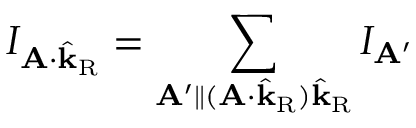
I _ { \mathbf { A } \cdot \hat { \mathbf { k } } _ { \mathrm { R } } } = \sum _ { \mathbf { A } ^ { \prime } \parallel ( \mathbf { A } \cdot \hat { \mathbf { k } } _ { \mathrm { R } } ) \hat { \mathbf { k } } _ { \mathrm { R } } } I _ { \mathbf { A } ^ { \prime } }